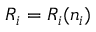
{ R } _ { i } = { R } _ { i } ( n _ { i } )